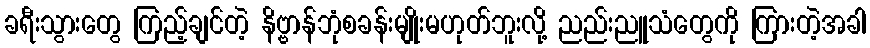
ခရီးသွားတွေ ကြည့်ချင်တဲ့ နိဗ္ဗာန်ဘုံစခန်းမျိုးမဟုတ်ဘူးလို့ ညည်းညူသံတွေကို ကြားတဲ့အခါ